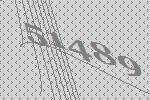
51489